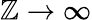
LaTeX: \mathbb{Z}\to\infty